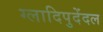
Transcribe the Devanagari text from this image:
ग्लादिपुदेंदल